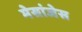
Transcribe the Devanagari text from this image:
मेसांजेस